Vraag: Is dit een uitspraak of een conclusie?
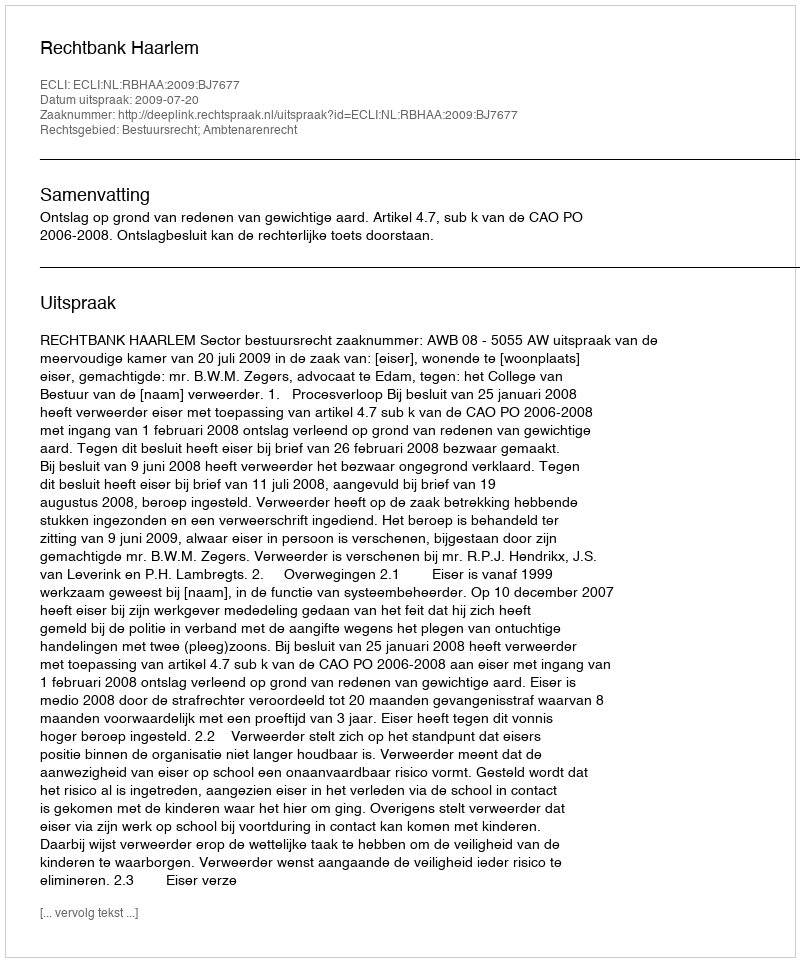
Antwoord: Uitspraak